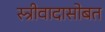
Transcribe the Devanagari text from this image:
स्त्रीवादासोबत